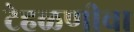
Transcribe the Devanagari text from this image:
टेहळणीचा